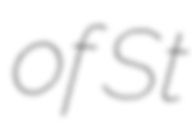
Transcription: of St